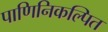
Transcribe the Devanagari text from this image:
पाणिनिकल्पित